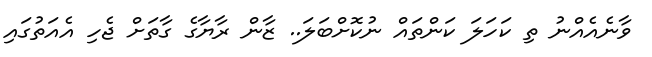
ވާނެއެއްނު ތި ކަހަލަ ކަންތައް ނުކޮށްބަލަ.. ޒާން ރާޔާގެ ގާތަށް ޖެހި އެއަތުގައި